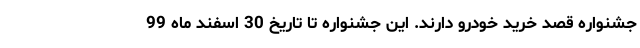
جشنواره قصد خرید خودرو دارند. این جشنواره تا تاریخ 30 اسفند ماه 99